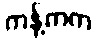
ကန့်ကက